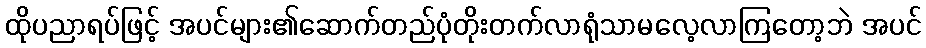
ထိုပညာရပ်ဖြင့် အပင်များ၏ဆောက်တည်ပုံတိုးတက်လာရုံသာမလေ့လာကြတော့ဘဲ အပင်